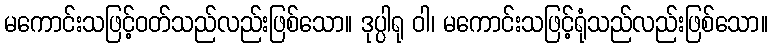
မကောင်းသဖြင့်ဝတ်သည်လည်းဖြစ်သော။ ဒုပ္ပါရု ဝါ၊ မကောင်းသဖြင့်ရုံသည်လည်းဖြစ်သော။